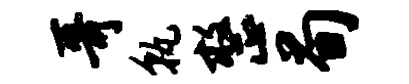
哥孰整荀